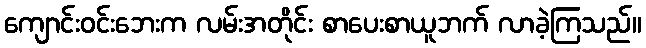
ကျောင်းဝင်းဘေးက လမ်းအတိုင်း စာပေးစာယူဘက် လာခဲ့ကြသည်။